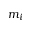
m _ { i }